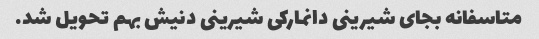
متاسفانه بجای شیرینی دانمارکی شیرینی دنیش بهم تحویل شد.